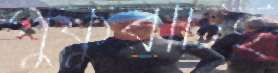
পুকুরটিই